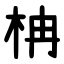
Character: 柟